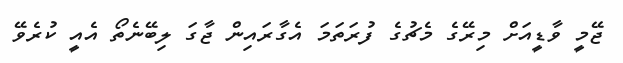
ޖޭމީ ވާޑީއަށް މިރޭގެ މެޗުގެ ފުރަތަމަ އެގާރައިން ޖާގަ ލިބޭނެތޯ އެއީ ކުރެވޭ